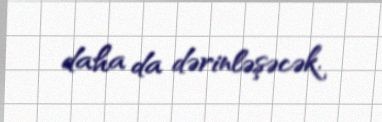
daha da dərinləşəcək.